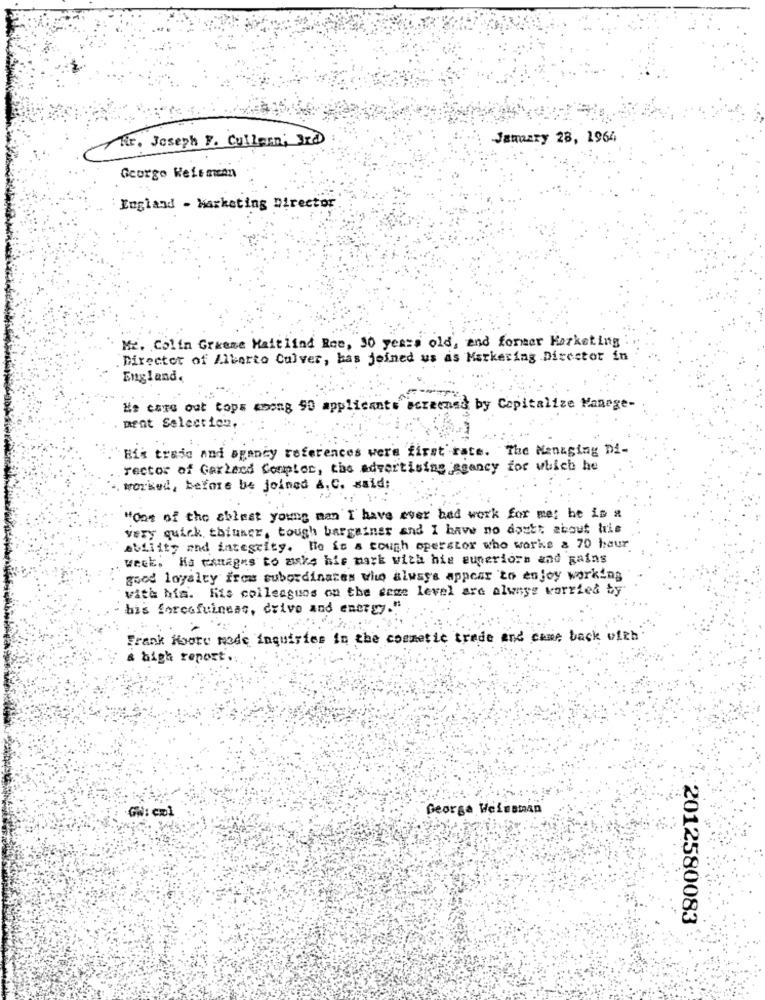
Rr. Joseph F. Cullen, 3rd
January 28, 1964
Georgo Weisman
England - Marketing Director
Mr. Colin Grease Maitlind Ree, 30 years old, and former Marketing :
. Director of Alberto Culver, has joined us as Marketing Director in
England.
Ht cars out tops among 90 applicants screensd by Capitalize Manage-
ment Selection.
Bik trade and agancy references were first rate. The Managing Di-
rector of Garland Conploc, the advertising agency for which he
worked, before be joined a, C. said:
"One of the ablest young man I have ever had work for me; he is a
very quick thinner, tough bargainer and I have no doubt about his
ability and integrity. He is a cough operstor who works a 70 hour
week. Hs manages to make his mark with his superiorn and mains
good loyalty frost subordinaces who always appear to enjoy working
vith hia. His colleagues on the same level are always worried by
his forcafuiness, drive and energy.
Frank Hoore mode inquiries in the cosmetic trade and came back with
& high report.
GW: col
Georga Weissman
2012580083